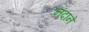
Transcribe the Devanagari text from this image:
नंदाने